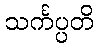
သင်္ကပ္ပတိ